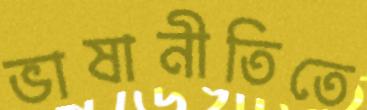
ভাষানীতিতে